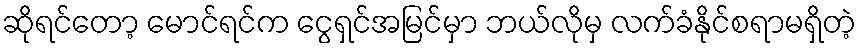
ဆိုရင်တော့ မောင်ရင်က ငွေရှင်အမြင်မှာ ဘယ်လိုမှ လက်ခံနိုင်စရာမရှိတဲ့